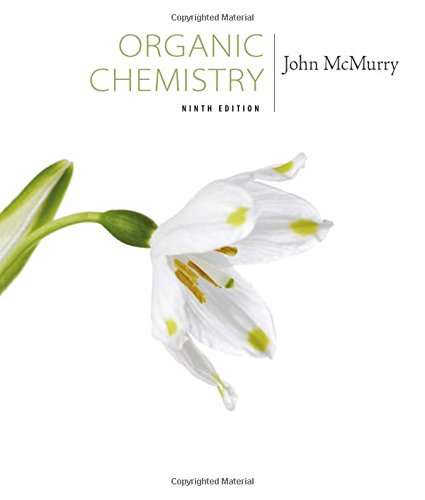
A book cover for Organic Chemistry; John E. McMurry; Science & Math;